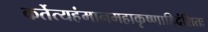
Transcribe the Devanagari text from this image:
कर्तेत्यहंमानमहाकृष्णाहिदंशितः